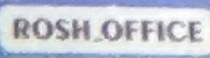
ROSH OFFICE